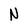
Character: N